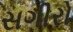
સગીરો